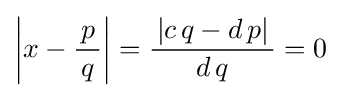
\left|x-{\frac {\,p\,}{q}}\right|={\frac {\,|c\,q-d\,p|\,}{d\,q}}=0~